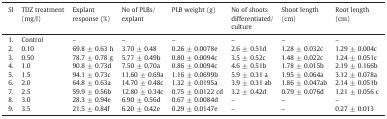
<table><thead><tr><td><b>Sl</b></td><td><b>TDZ treatment (mg/l)</b></td><td><b>Explant response (%)</b></td><td><b>No of PLBs/explant</b></td><td><b>PLB weight (g)</b></td><td><b>No of shoots differentiated/culture</b></td><td><b>Shoot length (cm)</b></td><td><b>Root length (cm)</b></td></tr></thead><tbody><tr><td>1.</td><td>Control</td><td>–</td><td>–</td><td>–</td><td>–</td><td>–</td><td>–</td></tr><tr><td>2.</td><td>0.10</td><td>69.8 ± 0.63 h</td><td>3.70 ± 0.48</td><td>0.26 ± 0.0078e</td><td>2.6 ± 0.51d</td><td>1.28 ± 0.032c</td><td>1.29 ± 0.004c</td></tr><tr><td>3.</td><td>0.50</td><td>78.7 ± 0.78 g</td><td>5.77 ± 0.49b</td><td>0.80 ± 0.0094c</td><td>3.5 ± 0.52c</td><td>1.48 ± 0.022c</td><td>1.24 ± 0.051c</td></tr><tr><td>4.</td><td>1.0</td><td>90.8 ± 0.73d</td><td>7.50 ± 0.70a</td><td>0.86 ± 0.0094c</td><td>4.6 ± 0.51b</td><td>1.78 ± 0.015b</td><td>2.19 ± 0.166b</td></tr><tr><td>5.</td><td>1.5</td><td>94.1 ± 0.73c</td><td>11.60 ± 0.69a</td><td>1.16 ± 0.0699b</td><td>5.9 ± 0.31 a</td><td>1.95 ± 0.064a</td><td>3.12 ± 0.078a</td></tr><tr><td>6.</td><td>2.0</td><td>64.8 ± 0.63a</td><td>14.70 ± 0.48c</td><td>1.32 ± 0.0195a</td><td>3.9 ± 0.31 ab</td><td>1.86 ± 0.047ab</td><td>2.14 ± 0.051b</td></tr><tr><td>7.</td><td>2.5</td><td>59.9 ± 0.56b</td><td>12.80 ± 0.34c</td><td>0.75 ± 0.0122 cd</td><td>3.2 ± 0.42d</td><td>0.79 ± 0.076d</td><td>1.21 ± 0.056 c</td></tr><tr><td>8.</td><td>3.0</td><td>28.3 ± 0.94e</td><td>6.90 ± 0.56d</td><td>0.67 ± 0.0084d</td><td>–</td><td>–</td><td>–</td></tr><tr><td>9.</td><td>3.5</td><td>21.5 ± 0.84f</td><td>6.20 ± 0.42e</td><td>0.29 ± 0.0147e</td><td>–</td><td>–</td><td>0.27 ± 0.013</td></tr></tbody></table>